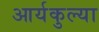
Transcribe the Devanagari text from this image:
आर्यकुल्या